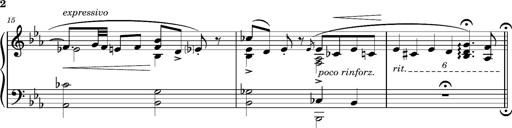
Title: Magyar rapszÃ³diÃ¡k
Composer: Franz Liszt